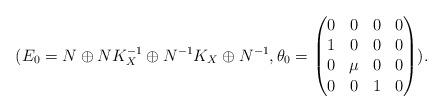
LaTeX: \begin{align*}(E_0=N\oplus NK_X^{-1}\oplus N^{-1}K_X\oplus N^{-1},\theta_0=\begin{pmatrix}0&0&0&0\\1&0&0&0\\0&\mu&0&0\\0&0&1&0\end{pmatrix}).\end{align*}